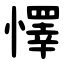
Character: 懌